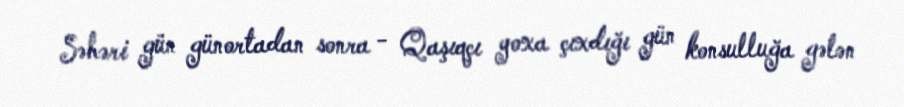
Səhəri gün günortadan sonra - Qaşıqçı yoxa çıxdığı gün konsulluğa gələn